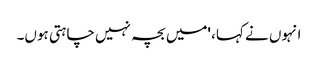
انہوں نے کہا، 'میں بچہ نہیں چاہتی ہوں۔